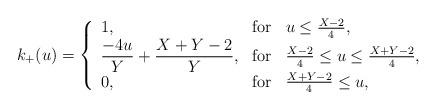
LaTeX: \begin{align*}k_{+}(u) = \left\{ \begin{array}{lcl}1, & \mbox{for} & u \leq \frac{X-2}{4},\\ \displaystyle\frac{-4u}{Y} + \frac{X+Y-2}{Y}, & \mbox{for} & \frac{X-2}{4} \leq u \leq \frac{X+Y-2}{4},\\ 0, & \mbox{for} & \frac{X+Y-2}{4} \leq u,\end{array} \right. \end{align*}